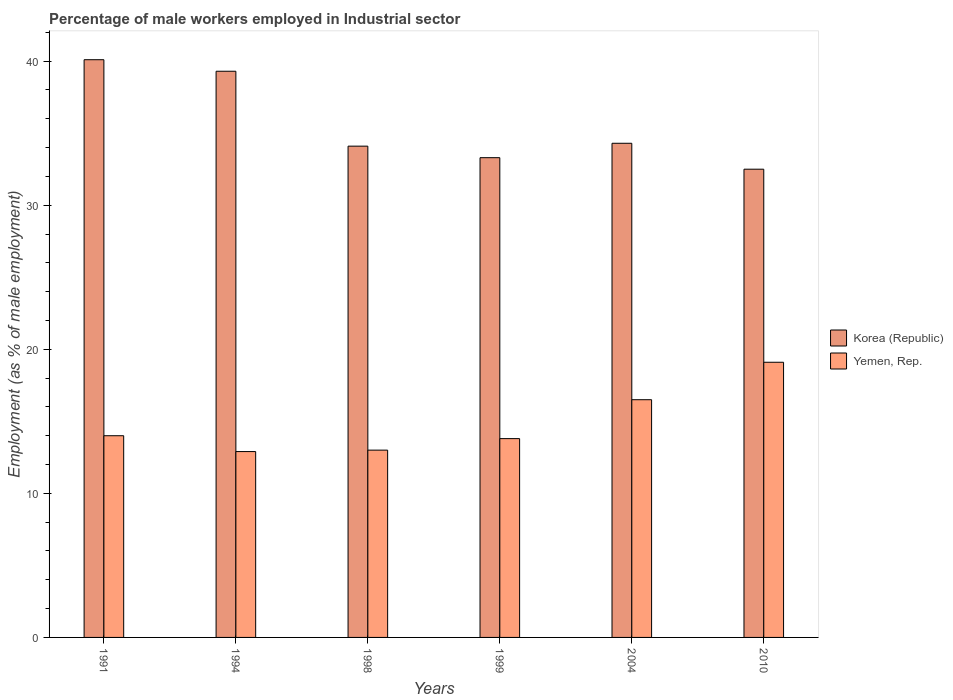
| Years | Korea (Republic) | Yemen, Rep. |
 | --- | --- | --- |
 | 1991 | 40.1 | 14 |
 | 1994 | 39.3 | 12.9 |
 | 1998 | 34.1 | 13 |
 | 1999 | 33.3 | 13.8 |
 | 2004 | 34.3 | 16.5 |
 | 2010 | 32.5 | 19.1 |